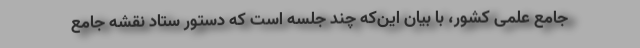
جامع علمی کشور، با بیان این‌که چند جلسه است که دستور ستاد نقشه جامع